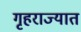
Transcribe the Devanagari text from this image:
गृहराज्यात